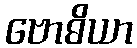
ဗောဓိယာ